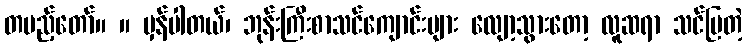
တပည့်တော်။ ။ မှန်ပါတယ်၊ ဘုန်းကြီးစာသင်ကျောင်းများ လျော့သွားတော့ လူဆရာ သင်ပြတဲ့